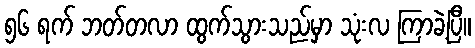
၅၆ ရက် ဘတ်တလာ ထွက်သွားသည်မှာ သုံးလ ကြာခဲ့ပြီ။